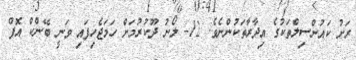
ރަށު ކައުންސިލްތަކުގެ އިދާރާތަކުންނެވެ. 12- ލޯނު ދޫކުރުމަށް ހަމަޖެހިފައި ވަނީ ބޭންކް އޮފް